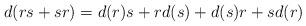
LaTeX: \begin{align*} d(rs+sr)=d(r)s+rd(s)+d(s)r+sd(r)\end{align*}